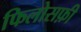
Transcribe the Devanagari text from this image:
फिलोसफ़ी